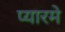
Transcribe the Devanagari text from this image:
प्यारमे